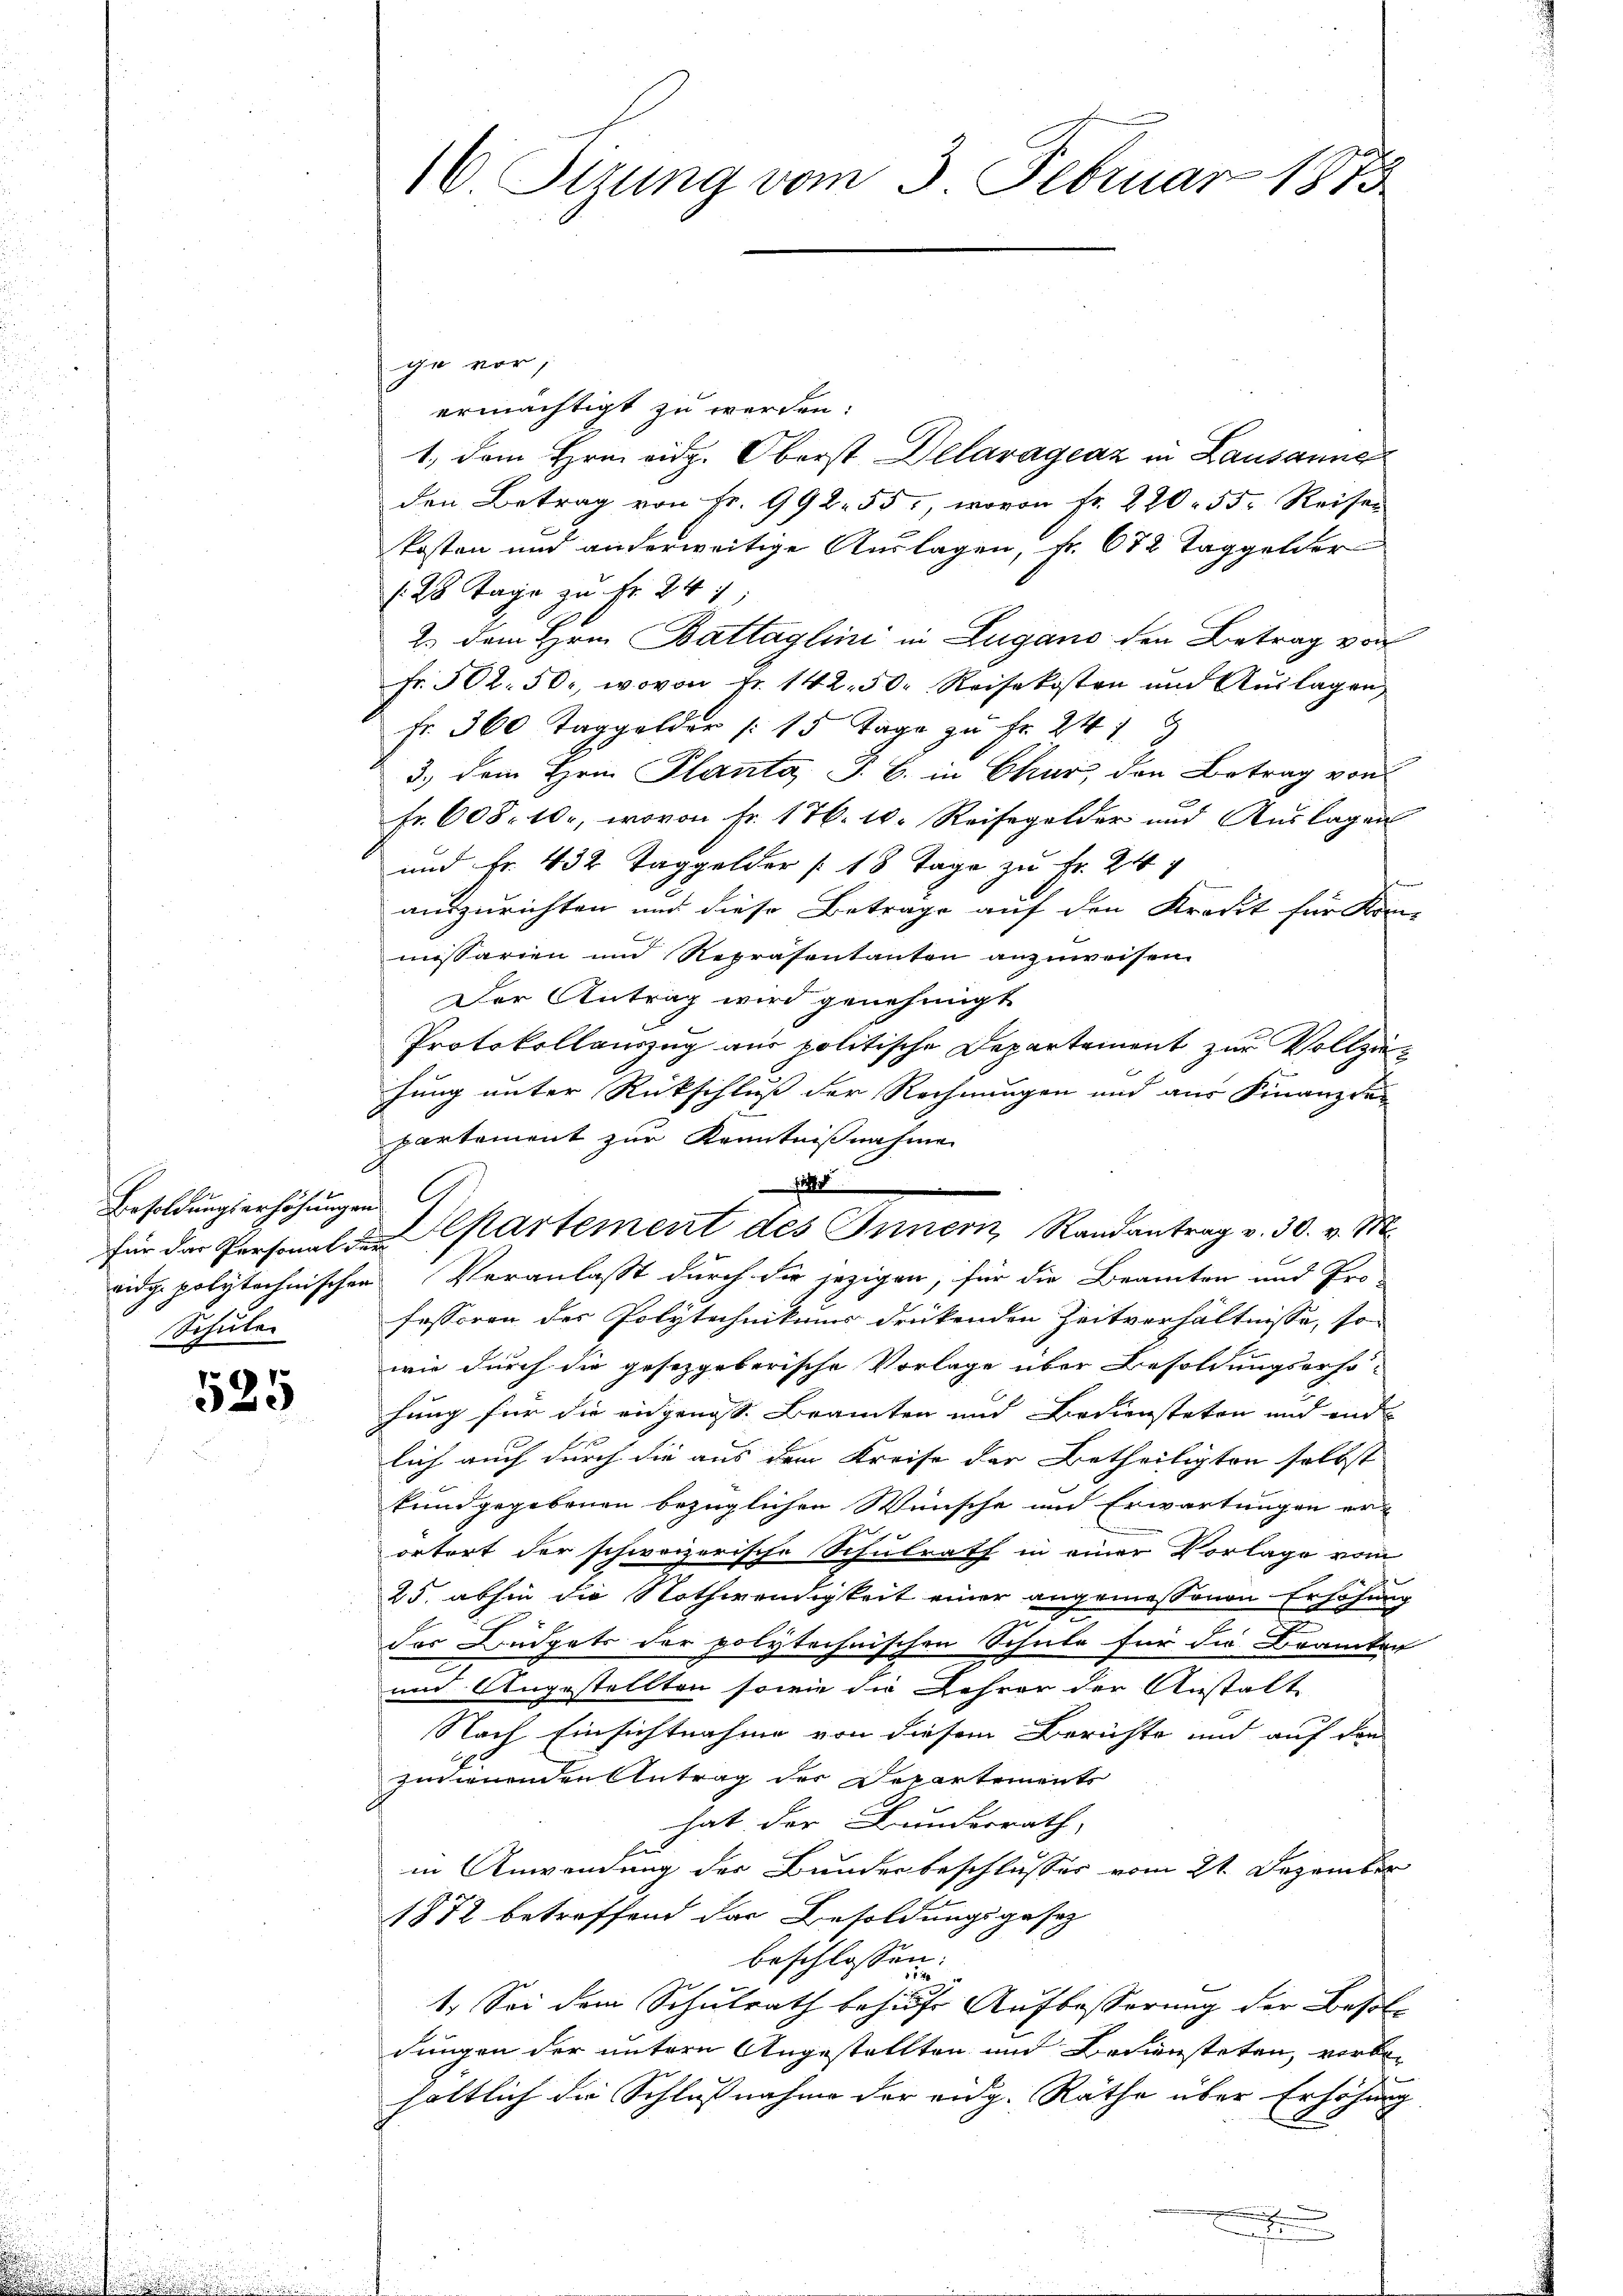
Besoldungserhöhungen
eseiter

525

10. Sizung vom 3. Februar 1873

ge vor,
ermächtigt zu werden.
1., dem Hrn. eidg. Oberst Delaragraz in Lausanne
den Betrag von fr. 992. 55, wovon fr. 220. 55. Reisen
kosten und anderweitige Auslagen, Fr. 672 Taggelder
(25 Tage zu Fr. 241
2.) dem Hrn. Battaglini in Lugano den Betrag von
Fr. 502. 50, wovon Fr. 142. 50. Reisekosten und Auslagen,
Fr. 360 Taggelder |: 15 Tage zu Fr. 241
3.) Dem Hrn. Planta, J. B. in Chur, den Betrag von
Fr. 608. 10, wovon Fr. 176. 10. Reisegelder und Auslagen
und Fr. 432 Taggelder [18 Tage zu Fr. 244
auszurichten und diese Betrage auf den Kredit für Kon-
missarien und Repräsentanten anzuweisen.
Der Antrag wird genehmigt
Protokollauszug aus politische Departement zur Vollzuhung unter Rückschluß der Rechnungen und aus Finanzrapartement zur Kenntnißnahme
A
eidge polytechnischen Veranlasst durch die jezigen, für die Beamten und Pro-
fessoren der Polytechnikums drückenden Zeitverhältnisse, so
wie durch die gesetzgeberische Vorlage über Besoldungsarso-
fung für die eidgenoss. Beamten und Bediensteten und end
lich auch durch die aus dem Kreise der Betheiligten selbst
kundgegebenen bezüglichen Wünsche und Erwartungen er-
ortort der schweizerische Schulrath in einer Vorlage vom
25. abhin die Nothwendigkeit einer angemessenen Erhöhung
J
das Büdgets der polytechnischen Schule für die Beamten
und Angestellten sowie die Lehrer der Anstalt
Nach Einsichtnahme von diesem Berichte und auf den
zudienenden Antrag der Departements
hat der Bundesrath,
in Anwendung der Bunderbeschlusses vom 21. Dezember
1872 betreffend das Besoldungsgesetz
beschlossen:
1. Sei dem Schulrath behufs Aufbesserung der Besol
dungen der untern Angestellten und Bediensteten, vorbe¬
15
hältlich die Schlußnahme der eidg. Räthe über Erhöhung
e
x
f

für der Personat de partement des Innern Randantrag v. 30. v. M.